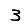
Digit: 3